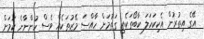
އޭގެ އިތުރުން އެކިކަހަލަ ކާބޯތަކެތި ގަތުމަށް ހާއްސަ މޭޒުތަކެއް ވެސް ހުންނާނެ ކަމަށް